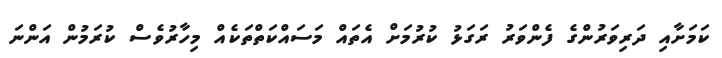
ކަމަށާއި ދަރިވަރުންގެ ފެންވަރު ރަގަޅު ކުރުމަށް އެތައް މަސައްކަތްތަކެއް މިހާރުވެސް ކުރަމުން އަންނަ